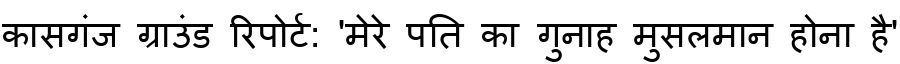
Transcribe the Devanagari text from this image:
कासगंज ग्राउंड रिपोर्ट: 'मेरे पति का गुनाह मुसलमान होना है'